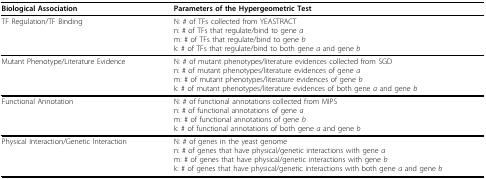
| Biological Association | Parameters of the Hypergeometric Test |
 | --- | --- |
 | TF Regulation/TF Binding | N: # of TFs collected from YEASTRACTn: # of TFs that regulate/bind to gene am: # of TFs that regulate/bind to gene bk: # of TFs that regulate/bind to both gene a and gene b |
 | Mutant Phenotype/Literature Evidence | N: # of mutant phenotypes/literature evidences collected from SGDn: # of mutant phenotypes/literature evidences of gene am: # of mutant phenotypes/literature evidences of gene bk: # of mutant phenotypes/literature evidences of both gene a and gene b |
 | Functional Annotation | N: # of functional annotations collected from MIPSn: # of functional annotations of gene am: # of functional annotations of gene bk: # of functional annotations of both gene a and gene b |
 | Physical Interaction/Genetic Interaction | N: # of genes in the yeast genomen: # of genes that have physical/genetic interactions with gene am: # of genes that have physical/genetic interactions with gene bk: # of genes that have physical/genetic interactions with both gene a and gene b |